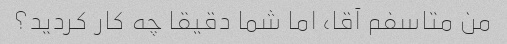
من متاسفم آقا، اما شما دقیقا چه کار کردید؟